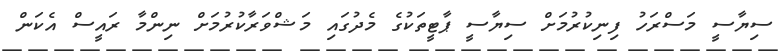
ސިޔާސީ މަސްރަހު ފިނިކުުރުމަށް ސިޔާސީ ޕާޓީތަކުގެ މެދުގައި މަޝްވަރާކުރުމަށް ނިންމާ ރައީސް އެކަން